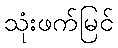
သုံးဖက်မြင်